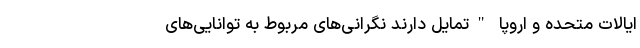
ایالات متحده و اروپا "تمایل دارند نگرانی‌های مربوط به توانایی‌های